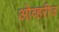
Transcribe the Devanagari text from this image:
ओव्हरीज